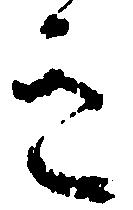
き